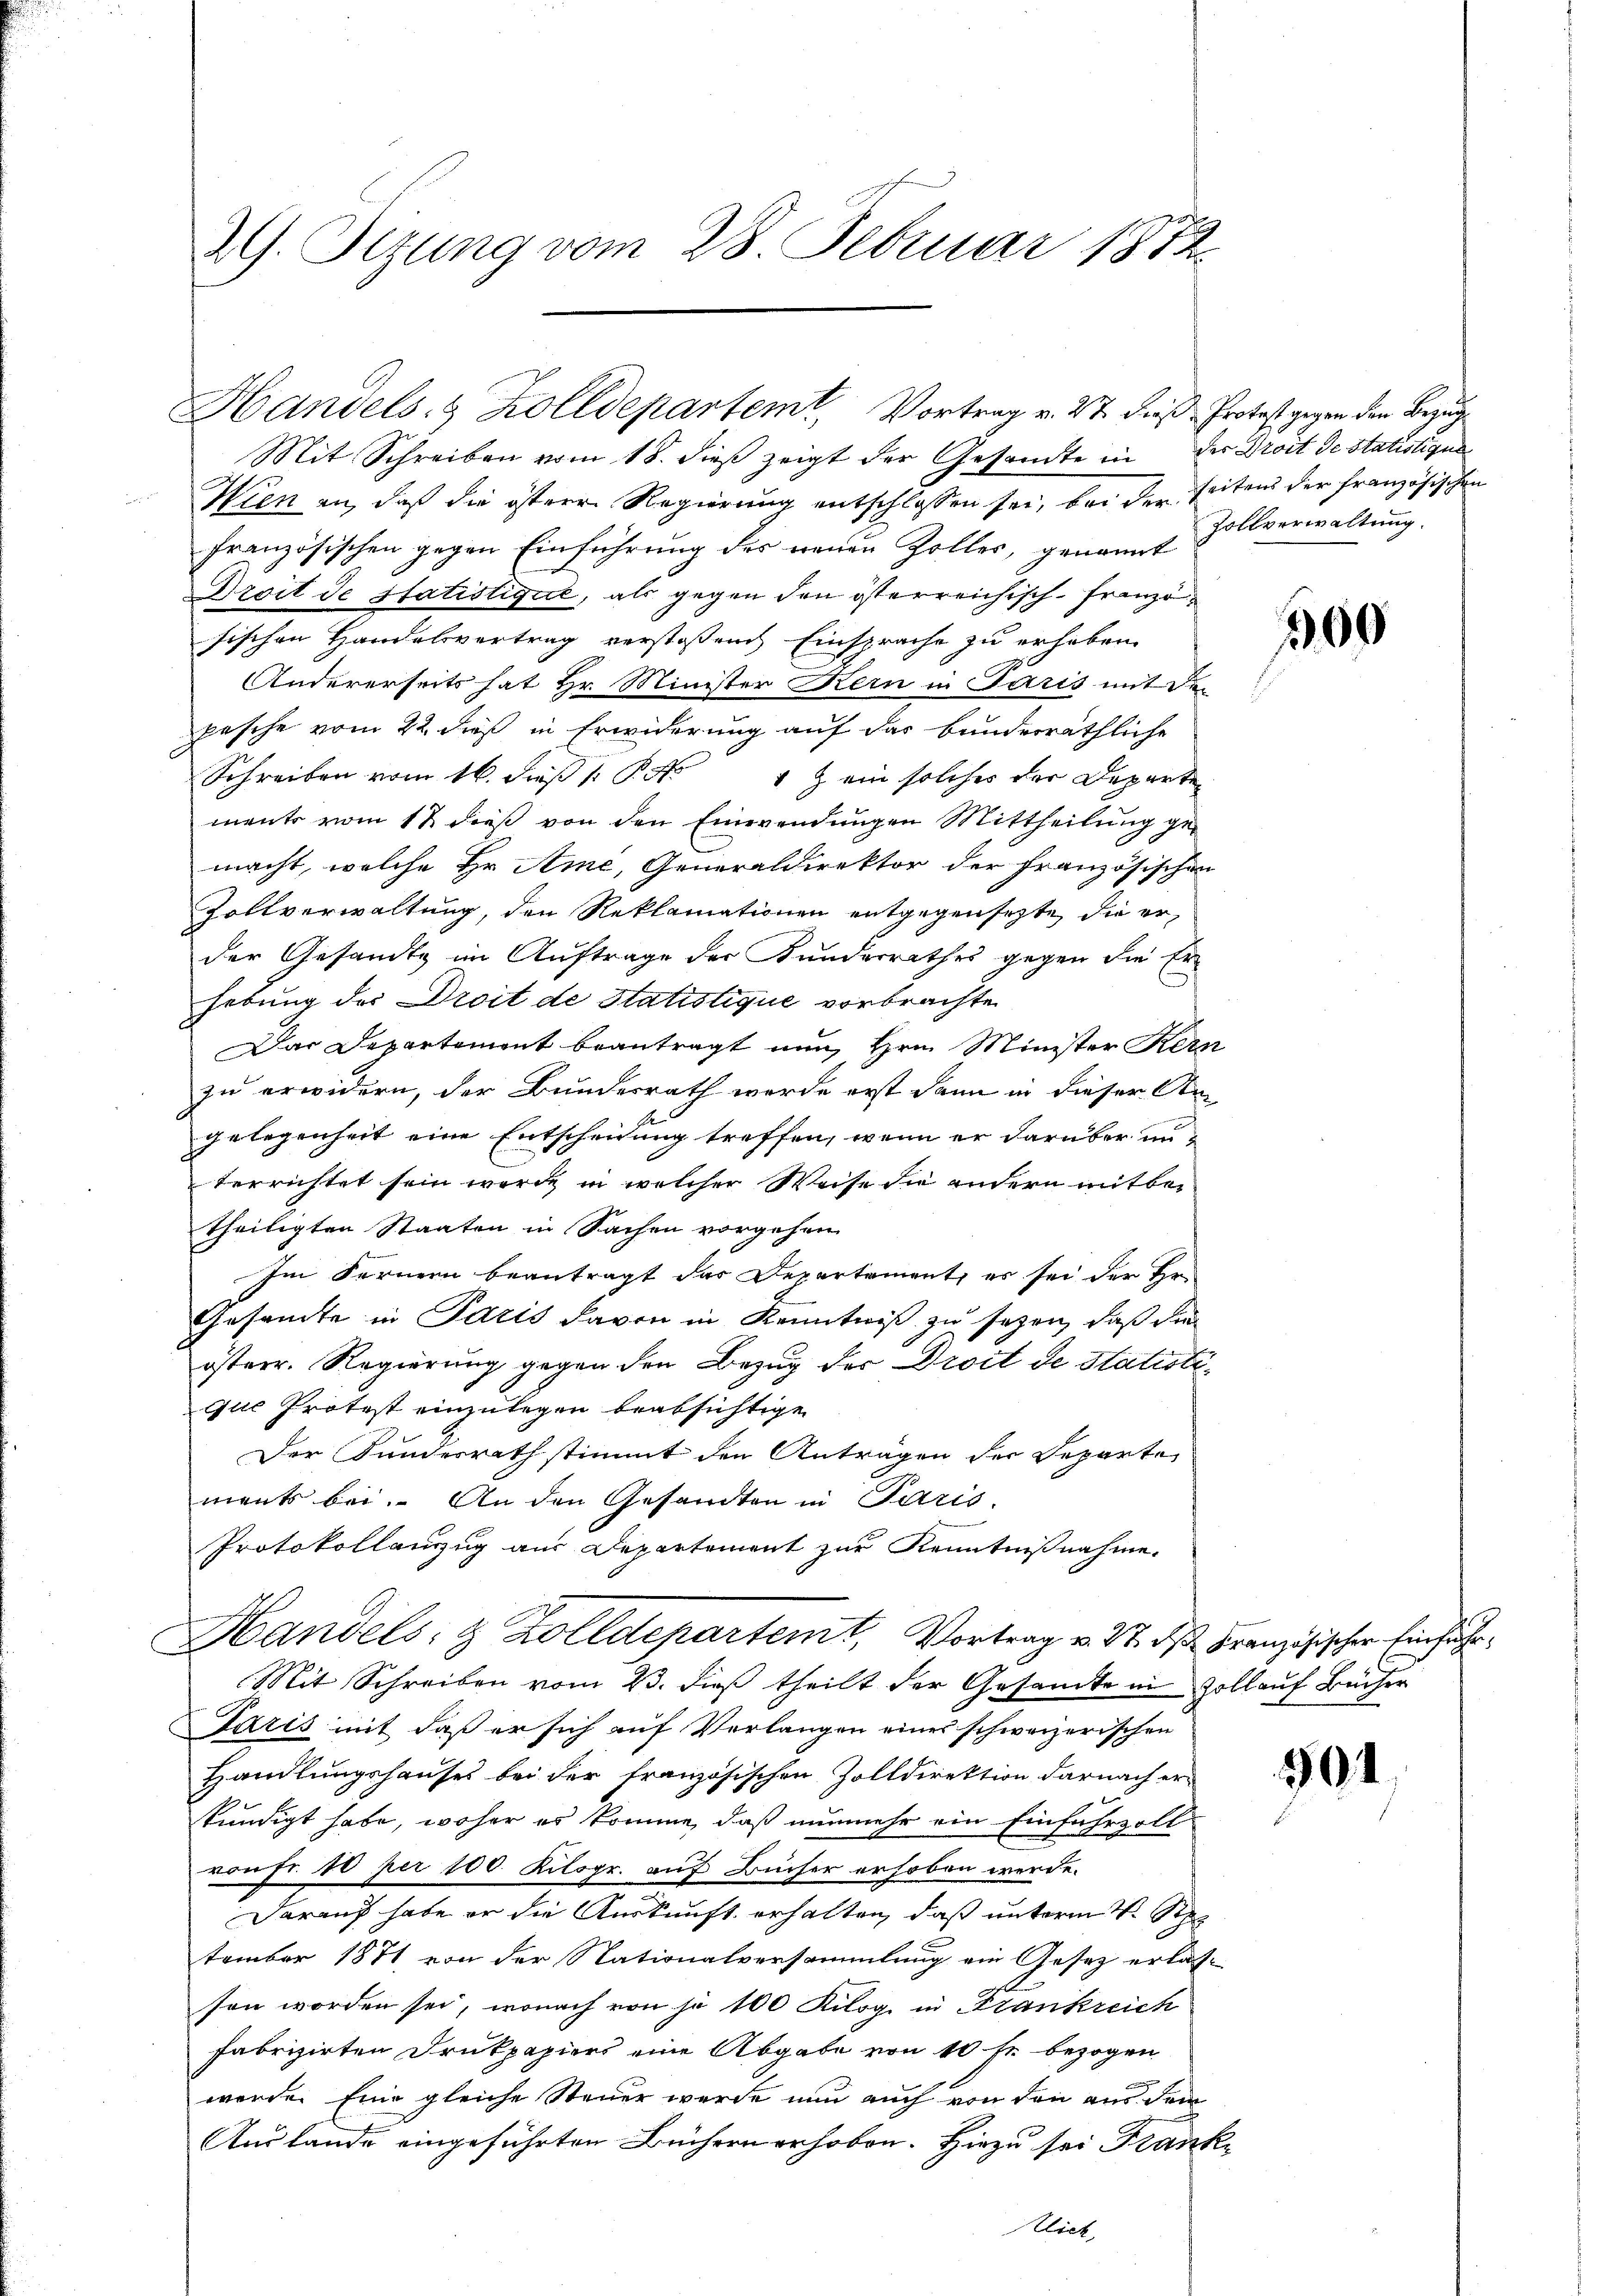
29. Sitzung vom 28. Februar 1872.

Handels- & Zolldepartem Vortrag v. 27. dieß Protest gegen den Bezug

Mit Schreiben vom 18. dieß zeigt der Gesamte in der Droit de statistigun
Wien an, daß die östere Regierung entschlossen sei, bei der seiten der französischen
französischen gegen Einführung des neuen Zolles, genannt
Droit de statistique, als gegen den österreichisch-Französischen Handelsvertrag verstoßen Einsprache zu erheben.
Andererseits hat Hr. Minister Kern in Paris mit der
pasche vom 22. dieß in Erwiderung auf das bunderräthliche
Schreiben vom 16. dieß 1 S. 4 & ein solches der Departen
ments vom 12 dieß von den Einwendungen Mittheilung ge-
macht, welche Hr. Ame, Generaldirektor der französischen
Zollverwaltung, den Reklamationen entgegensetzte, die erder Gesandte im Auftrage der Kunderrathes gegen die Erhebung des Droit de Statistique vorbrachte
Das Departement beantragt nun Hrn. Minister Kern
zu erwidern, der Bundesrath werde erst dann in dieser An
gelegenheit eine Entscheidung treffen, wenn er darüber unterrichtet sein werde in welcher Weise die andern mitber
theiligten Staaten in Sachen vorgehen
Im Fernern beantragt das Departement, es sei der Hr.
Gesamte in Paris davon in Kenntniß zu sehen, daß die
österr. Regierung gegen den Bezug des Droit de Statistique Protest einzulegen beabsichtige
Der Kundesrath stimmt den Anträgen der Reparte
ments bei. An den Gesandten in Paris.
Protokollanzug aus Departement zur Kenntnißnahme.
Handels- & Zolldepartemt, Vortrag v. 3. des Französischer Einsiche
Mit Schreiben vom 23. dieß theilt der Gesamte in Zollauf Bücher
Saris mit daß er sich auf Verlangen eines schweizerischen
Handlungshauses bei der französischen Zolldirektion darnach er-
kundigt habe, woher es komme, daß nunmehr ein Einfuhrzoll
von Fr. 10 per 100. Kilogr. auf Bücher erhoben werde.
Darauf habe er die Auskunft erhalten, daß unterm 4. Sept
tember 1871 von der Nationalversammlung ein Gesetz erlasson worden sei, wonach von je 100 Kilog in Krankreich
fabrizirten Drukpapiers eine Abgabe von 10 fr bezogen
werde. Eine gleiche Steuer wurde nun auch von den aus dem
Auslande eingeführten Büchern erhoben. Hiezu sei Franktlich,

Zollverwaltung.

169

501